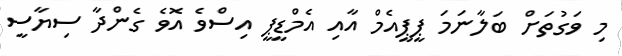
މި ވަގުތަށް ބަލާނަމަ ޕީޕީއެމް އާއި އެމްޑީޕީ އިސްވެ އޮވެ ގެންދާ ސިޔާސީ